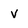
Character: v